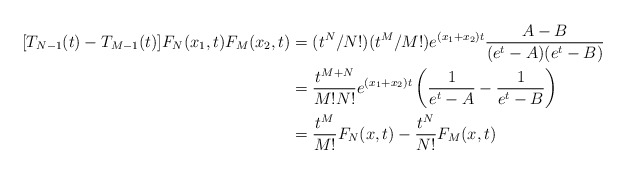
\begin{align*}[T_{N-1}(t)-T_{M-1}(t)]F_N(x_1,t)F_M(x_2,t) & = (t^N/N!)(t^M/M!)e^{(x_1+x_2)t}\frac{A-B}{(e^t-A)(e^{t}-B)} \\& = \frac{t^{M+N}}{M!N!}e^{(x_1+x_2)t} \left(\frac{1}{e^t-A}-\frac{1}{e^{t}-B} \right) \\& =\frac{t^M}{M!}F_N(x,t)-\frac{t^N}{N!}F_M(x,t) \end{align*}